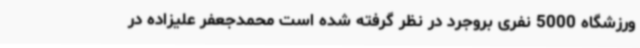
ورزشگاه 5000 نفری بروجرد در نظر گرفته شده است محمدجعفر علیزاده در